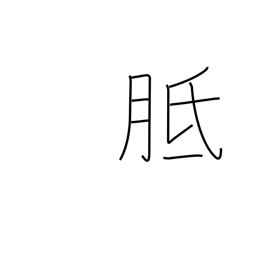
Meaning: callus